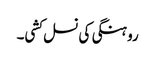
روہنگی کی نسل کشی۔